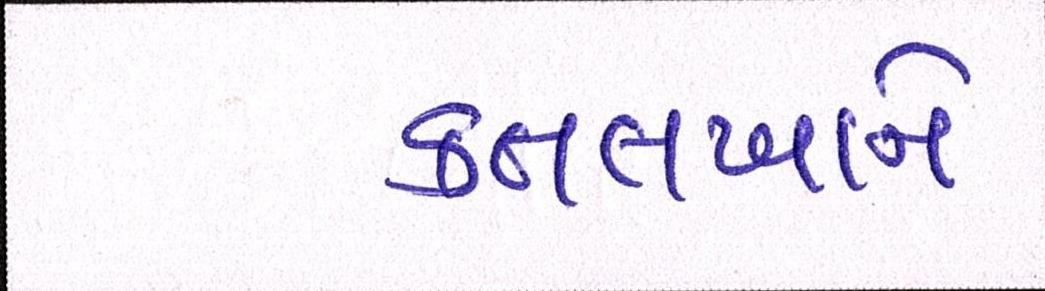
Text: કતલખાને